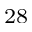
^ { 2 8 }